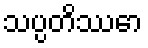
သပ္ပတိဿော